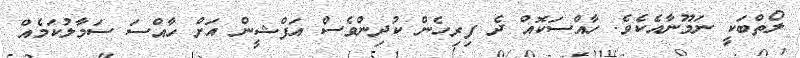
ލޯތްބަކީ ނަމޫނާއެކެވެ. ހާއްސަކޮއް ދެ ފިރިހެން ކުދިންވެސް އަފްޝީން އަށް ހާއްސަ ސަމާލުކަމެއް